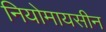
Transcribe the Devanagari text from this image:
नियोमायसीन